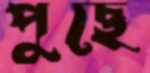
পুছে